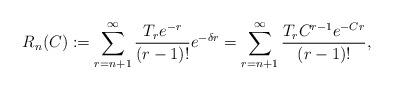
LaTeX: \begin{align*}R_n(C) := \sum_{r = n+1}^{\infty} \frac{T_re^{-r}}{(r-1)!}e^{-\delta r} = \sum_{r = n+1}^{\infty} \frac{T_rC^{r-1}e^{-Cr}}{(r-1)!},\end{align*}